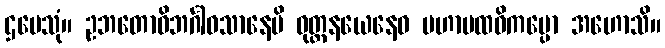
ဌပေသုံ။ ဥဘတောဝိဘင်္ဂါဝသာနေပိ ဝုတ္တနယေနေဝ မဟာပထဝိကမ္ပော အဟောသိ။